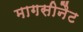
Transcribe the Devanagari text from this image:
मागसीनैट